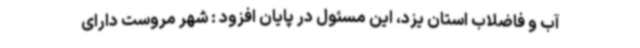
آب و فاضلاب استان یزد، این مسئول در پایان افزود : شهر مروست دارای